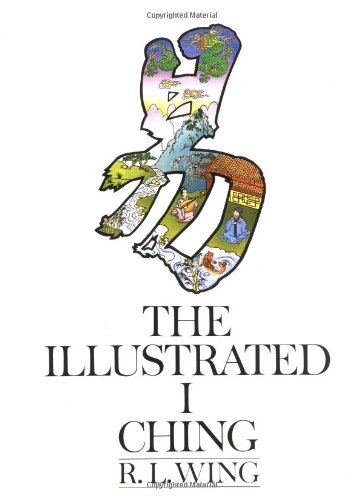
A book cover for The Illustrated I Ching; R.L. Wing; Religion & Spirituality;